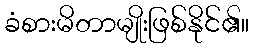
ခံစားမိတာမျိုးဖြစ်နိုင်၏။